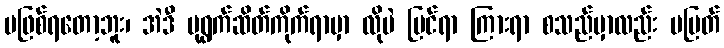
မဖြစ်ရတော့ဘူး၊ အဲဒီ ပုရွက်ဆိတ်ကိုက်ရာမှာ လိုပဲ မြင်ရာ ကြားရာ စသည်မှာလည်း မပြတ်